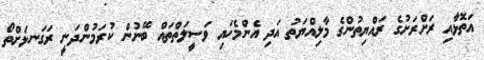
އަތޮޅާއި ރަށްރަށުގެ ރައްޔިތުންގެ މާލިއްޔަތު އަދި އެންމެހައި ވަސީލަތްތައް ބޭނުން ކުރަމުންދަނީ ރަގަނޅަށްތޯ